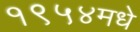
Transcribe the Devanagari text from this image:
१९५४मधे